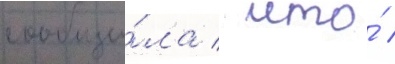
сообщи́ла / что́ /